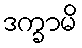
ဒက္ခာမိ